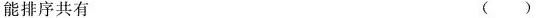
能排序共有 ()